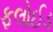
ફલોઈડ